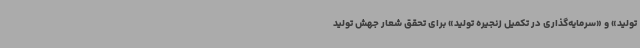
تولید» و «سرمایه‌گذاری در تکمیل زنجیره تولید» برای تحقق شعار جهش تولید